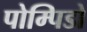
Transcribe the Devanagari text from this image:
पोम्पिडो